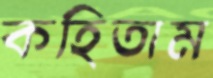
কহিতাম